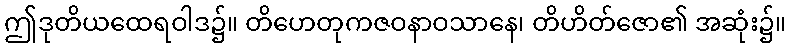
ဤဒုတိယထေရဝါဒ၌။ တိဟေတုကဇဝနာဝသာနေ၊ တိဟိတ်ဇော၏ အဆုံး၌။